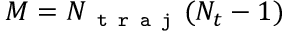
M = N _ { \texttt { t r a j } } ( N _ { t } - 1 )